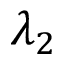
\lambda _ { 2 }